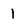
Character: 1